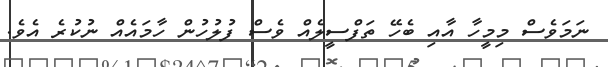
ނަމަވެސް މިމީހާ އާއި ބެހޭ ތަފްސީލެއް ވެސް ފުލުހުން ހާމައެއް ނުކުރެ އެވެ.